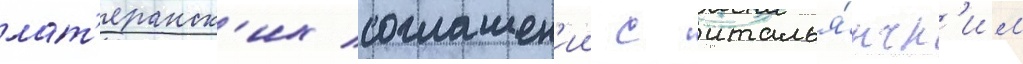
лат'еранск'их соглашен'ии с италья́нск'им